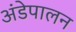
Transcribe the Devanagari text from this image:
अंडेपालन